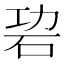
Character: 𥑙